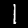
Label: 1